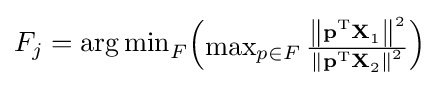
F_{j}={\arg \min }_{F}{\begin{pmatrix}\max _{p\in F}{\frac {\left\|\mathbf {p^{\text{T}}X} _{1}\right\|^{2}}{\left\|\mathbf {p^{\text{T}}X} _{2}\right\|^{2}}}\end{pmatrix}}